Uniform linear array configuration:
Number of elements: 12
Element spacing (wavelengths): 0.5
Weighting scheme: binomial
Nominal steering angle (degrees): -45
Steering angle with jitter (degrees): -44.421
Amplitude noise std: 0.05
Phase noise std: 0.05

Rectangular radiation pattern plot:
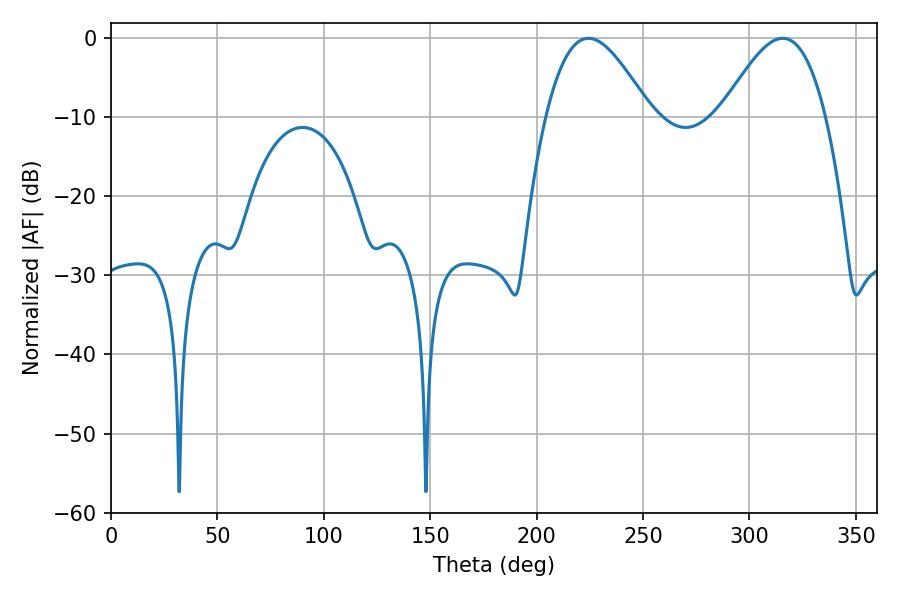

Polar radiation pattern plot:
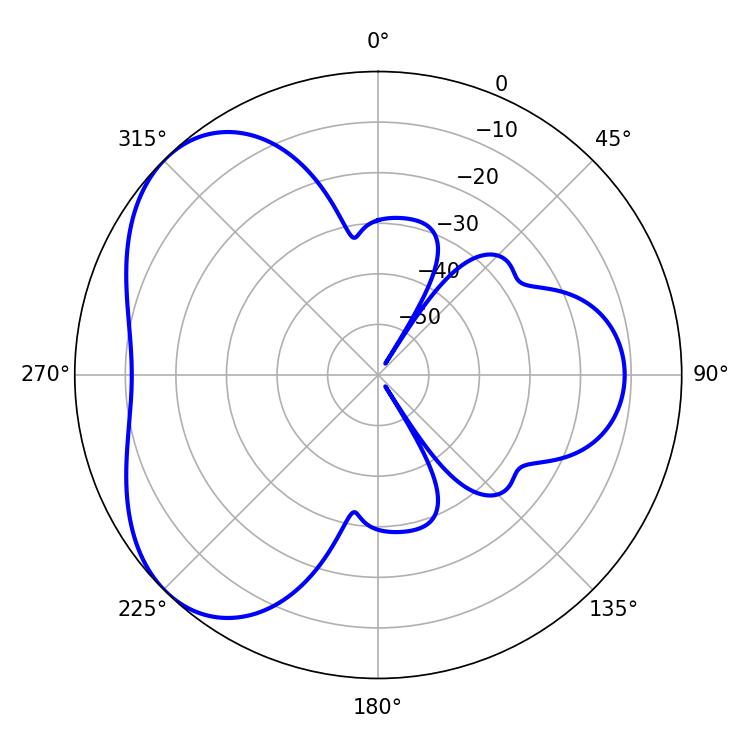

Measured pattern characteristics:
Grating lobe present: FALSE
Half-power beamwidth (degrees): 26.28
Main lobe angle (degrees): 224.28